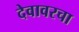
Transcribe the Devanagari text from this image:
देवावरचा